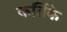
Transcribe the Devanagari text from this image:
कर्तिके